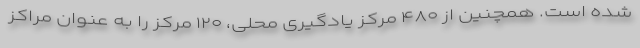
شده است. همچنین از ۴۸۰ مرکز یادگیری محلی، ۱۲۰ مرکز را به عنوان مراکز